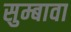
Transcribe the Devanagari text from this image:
सुम्बावा